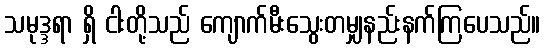
သမုဒ္ဒရာ ရှိ ငါးတို့သည် ကျောက်မီးသွေးတမျှနည်းနက်ကြပေသည်။